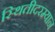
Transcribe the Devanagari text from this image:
स्थितीदरम्यान